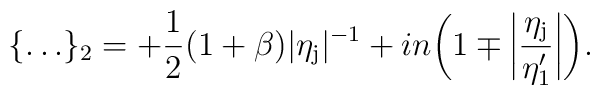
\{ \dots \}_2 = +\frac{1}{2}(1+\beta )\vert \eta _{\rm j}\vert ^{-1}+in \biggl(1\mp \biggl \vert \frac{\eta _{\rm j}}{\eta _1'}\biggr \vert \biggr).